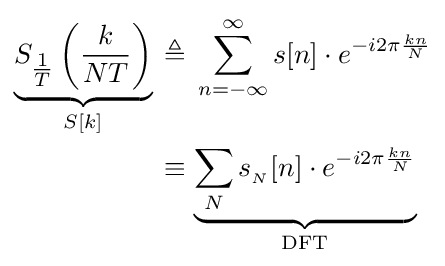
{\begin{aligned}\underbrace {S_{\tfrac {1}{T}}\left({\frac {k}{NT}}\right)} _{S[k]}\,&\triangleq \,\sum _{n=-\infty }^{\infty }s[n]\cdot e^{-i2\pi {\frac {kn}{N}}}\\&\equiv \underbrace {\sum _{N}s_{_{N}}[n]\cdot e^{-i2\pi {\frac {kn}{N}}}} _{\text{DFT}}\,\end{aligned}}